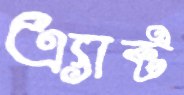
এ্যাক্ট